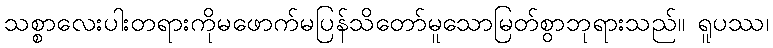
သစ္စာလေးပါးတရားကိုမဖောက်မပြန်သိတော်မူသောမြတ်စွာဘုရားသည်။ ရူပဿ၊